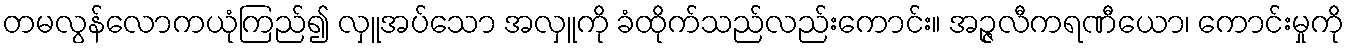
တမလွန်လောကယုံကြည်၍ လှူအပ်သော အလှူကို ခံထိုက်သည်လည်းကောင်း။ အဉ္ဇလီကရဏီယော၊ ကောင်းမှုကို